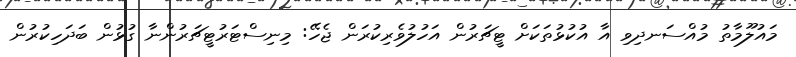
މައުލޫމާތު މުއްސަނދިވި އާ އުކުޅުތަކަށް ޓީޗަރުން އަހުލުވެރިކުރަން ޖެހޭ: މިނިސްޓަރުޓީޗަރުންނާ ގުޅުން ބަދަހިކުރުން